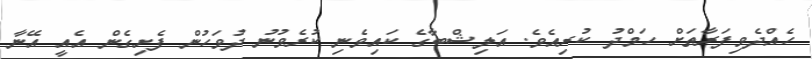
ހެއްދެވިފަރާތަށް ހަމްދު ކުރިއެވެ. އަލިޝްބާގެ ކައިވެނި ކުރެވުނު ދުވަހުން ފެށިގެން އެއީ އޭނާ